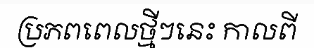
ប្រភពពេលថ្មីៗនេះ កាលពី